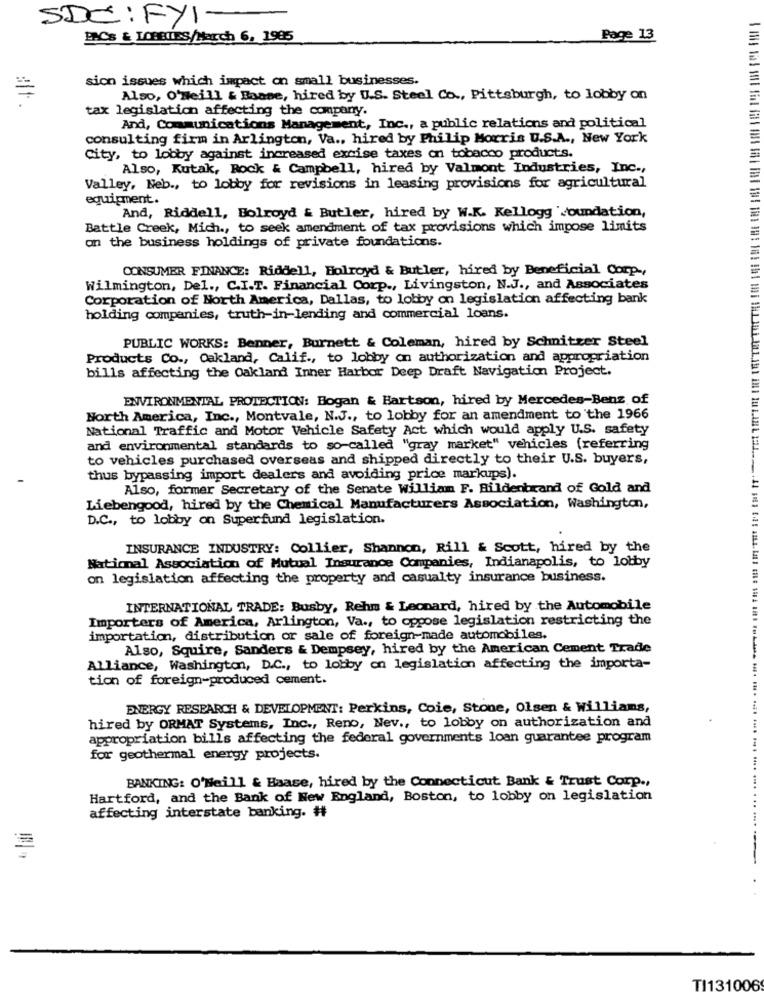
SDC:Fy1-
BACS & LOBBIES/March 6, 1985
Page 13
sion issues which impact on small businesses.
=
Also, O'Neill & Esame, hired by U.S. Steel Co ., Pittsburgh, to lobby on
tax legislation affecting the company.
And, Communications Management, Inc ., a public relations and political
consulting firm in Arlington, Va ., hired by Philip Morris U.S.A ., New York
City, to lobby against increased excise taxes on tobacco products.
Also, Kutak, Rock & Campbell, hired by Valmont Industries, Inc .,
Valley, Neb ., to lobby for revisions in leasing provisions for agricultural
equipment.
And, Riddell, Bolroyd & Butler, hired by W.K. Kellogg foundation,
Battle Creek, Mich ., to seek amendment of tax provisions which impose limits
on the business holdings of private foundations.
CONSUMER FINANCE: Riddell, Holroyd & Butler, hired by Beneficial Corp -,
Wilmington, Del ., C.I.T. Financial Corp ., Livingston, N.J ., and Associates
Corporation of North America, Dallas, to lobby on legislation affecting bank
holding companies, truth-in-lending and commercial loans.
PUBLIC WORKS: Benner, Burnett & Coleman, hired by Schnitzer Steel
Products Co ., Oakland, Calif ., to lobby an authorization and appropriation
bills affecting the Oakland Inner Harbor Deep Draft Navigation Project.
ENVIRONMENTAL PROTECTION: Bogan & Bartson, hired by Mercedes-Benz of
North America, Inc ., Montvale, N.J ., to lobby for an amendment to the 1966
National Traffic and Motor Vehicle Safety Act which would apply U.S. safety
and environmental standards to so-called "gray market" vehicles (referring
to vehicles purchased overseas and shipped directly to their U.S. buyers,
thus bypassing import dealers and avoiding price markups).
Also, former Secretary of the Senate William F. Bildenbrand of Gold and
Liebengood, hired by the Chemical Manufacturers Association, Washington,
D.C ., to lobby on Superfund legislation.
INSURANCE INDUSTRY: Collier, Shannon, Rill & Scott, hired by the
National Association of Mutual Insurance Companies, Indianapolis, to lobby
on legislation affecting the property and casualty insurance business.
INTERNATIONAL TRADE: Busby, Rehm & Leonard, hired by the Automobile
Importers of America, Arlington, Va ., to oppose legislation restricting the
importation, distribution or sale of foreign-made automobiles.
Also, Squire, Sanders & Dempsey, hired by the American Cement Trade
Alliance, Washington, D.C ., to lobby on legislation affecting the importa-
tion of foreign-produced cement.
ENERGY RESEARCH & DEVELOPMENT: Perkins, Coie, Stone, Olsen & Williams,
hired by ORMAT Systems, Inc ., Reno, Nev ., to lobby on authorization and
appropriation bills affecting the federal governments loan guarantee program
for geothermal energy projects.
BANKING: O'Neill & Haase, hired by the Connecticut Bank & Trust Corp .,
Hartford, and the Bank of New England, Boston, to lobby on legislation
affecting interstate banking. #
TI131006